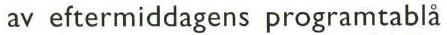
av eftermiddagens programtablå